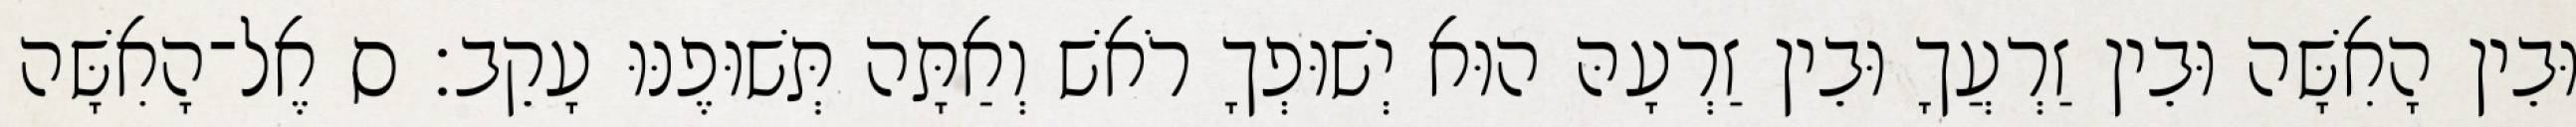
וּבֵין הָאִשָּׁה וּבֵין זַרְעֲךָ וּבֵין זַרְעָהּ הוּא יְשׁוּפְךָ רֹאשׁ וְאַתָּה תְּשׁוּפֶנּוּ עָקֵב׃ ס אֶל־הָאִשָּׁה